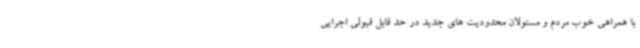
با همراهی خوب مردم و مسئولان محدودیت های جدید در حد قابل قبولی اجرایی